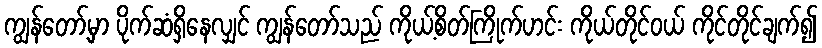
ကျွန်တော့်မှာ ပိုက်ဆံရှိနေလျှင် ကျွန်တော်သည် ကိုယ့်စိတ်ကြိုက်ဟင်း ကိုယ်တိုင်ဝယ် ကိုင်တိုင်ချက်၍